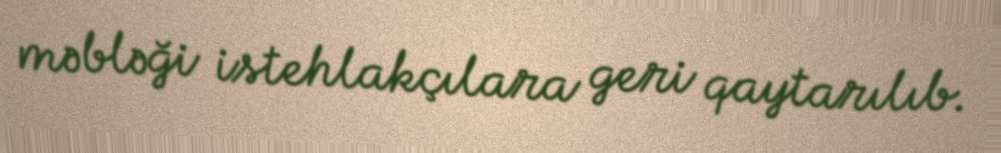
məbləği istehlakçılara geri qaytarılıb.